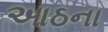
આઠના